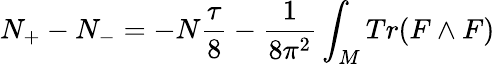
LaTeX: N_{+}-N_{-}=-N{\frac{\tau}{8}}-{\frac{1}{8\pi^{2}}}\int_{M}Tr(F\wedge F)